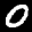
Label: 0